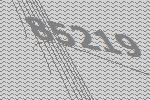
85219